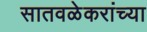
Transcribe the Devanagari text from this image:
सातवळेकरांच्या